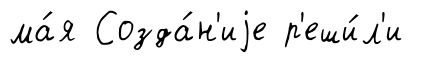
ма́я Созда́н'иjе р'еши́л'и